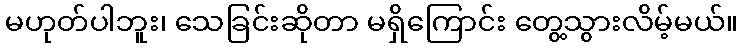
မဟုတ်ပါဘူး၊ သေခြင်းဆိုတာ မရှိကြောင်း တွေ့သွားလိမ့်မယ်။